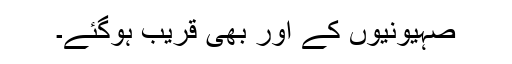
صہیونیوں کے اور بھی قریب ہوگئے۔